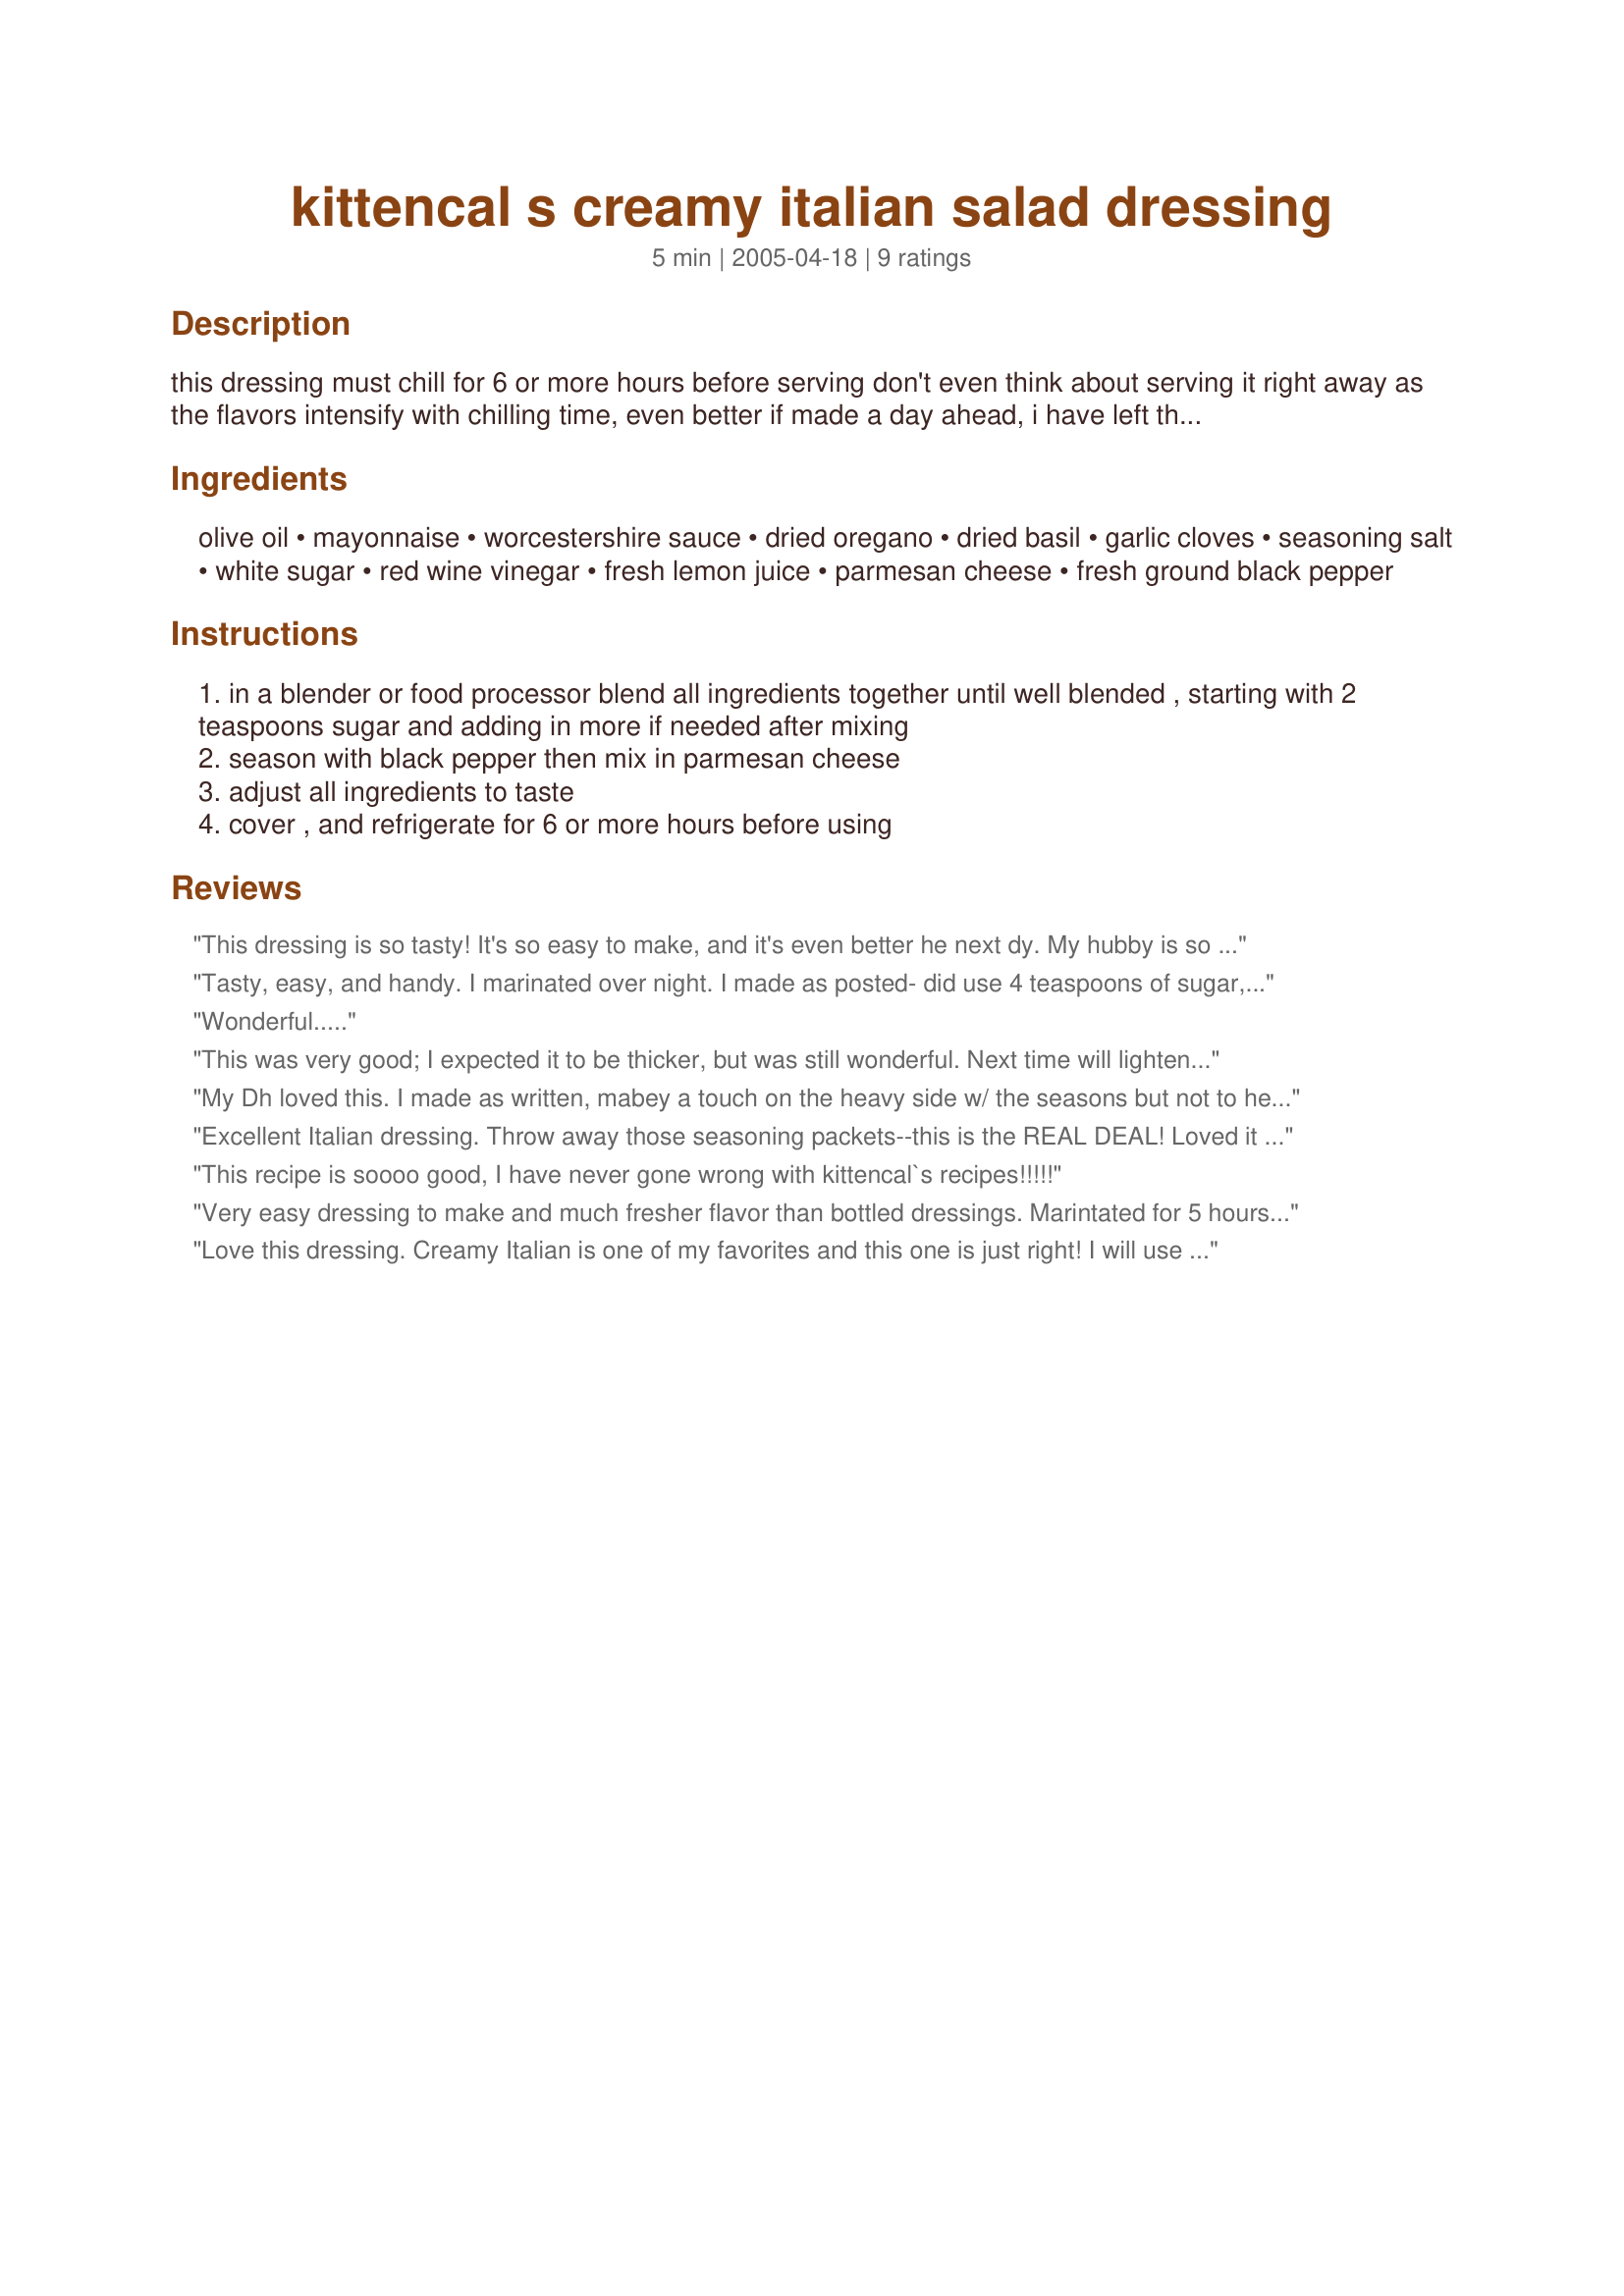
kittencal s creamy italian salad dressing
Preparation time: 5 minutes

this dressing must chill for 6 or more hours before serving don't even think about serving it right away as the flavors intensify with chilling time, even better if made a day ahead, i have left the parmesan as optional you may add in or omit, you may adjust all amounts to taste.

Ingredients:
olive oil, mayonnaise, worcestershire sauce, dried oregano, dried basil, garlic cloves, seasoning salt, white sugar, red wine vinegar, fresh lemon juice, parmesan cheese, fresh ground black pepper

Steps:
in a blender or food processor blend all ingredients together until well blended , starting with 2 teaspoons sugar and adding in more if needed after mixing
season with black pepper then mix in parmesan cheese
adjust all ingredients to taste
cover , and refrigerate for 6 or more hours before using

Reviews:
This dressing is so tasty! It's so easy to make, and it's even better he next dy. My hubby is so finicky about Italian salad dressings, and it's gets a 5 stars from him. He has started to give me the 1-5 rating system. It's so funny, we'll be eating and he'll put 5 fingers up or 3 or how ever many he likes the recipe. Thanks, Kitten for sharing.
Tasty, easy, and handy. I marinated over night. I made as posted- did use 4 teaspoons of sugar, and wish I had put in a half teaspoon of oregano instead of a full teaspoon. Thanks for sharing, Kittencal. Made for 1-2-3 HIT Wonders.
Wonderful.....
This was very good; I expected it to be thicker, but was still wonderful. Next time will lighten up on the oregano as I thought this came through a little strong. thanks for posting.
My Dh loved this. I made as written, mabey a touch on the heavy side w/ the seasons but not to heavy. i tend to have a heavy hand. This was very good. I did make it in the blender so it was very easy. I did use 3 tsp of sugar ( tried to stay in the middle of the road). My DS loved this and he doesn't "like creamy italian") he's a purest or so he says,LOL. Will definately make again. My DH loved this and says he prefers this over store bought. Store bought is to thick and has a "funky" flavor. I wonder how it would taste with fresh herbs??? I guess i will see in the summer. Thanks for the winner recipe. 
I wouldn't change a thing and the thickness suited us just fine.
Happy cooking!!!
Excellent Italian dressing. Throw away those seasoning packets--this is the REAL DEAL! Loved it with parmesan.
This recipe is soooo good, I have never gone wrong with kittencal`s recipes!!!!!
Very easy dressing to make and much fresher flavor than bottled dressings. Marintated for 5 hours and loved the flavor but would cut down a bit on the oregano. I used kosher salt, 2 teaspoons of sugar, and garlic red wine vinegar. This is not a thick dressing so wont smother your salad. Thank you sweetie for posting!
Love this dressing. Creamy Italian is one of my favorites and this one is just right! I will use this again and again.
